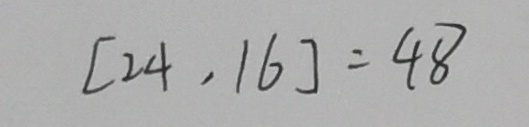
[ 2 4 , 1 6 ] = 4 8